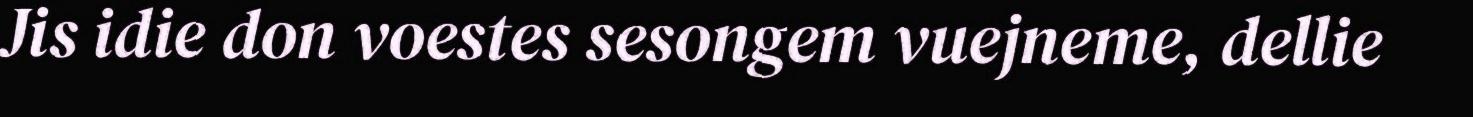
Jis idie don voestes sesongem vuejneme, dellie